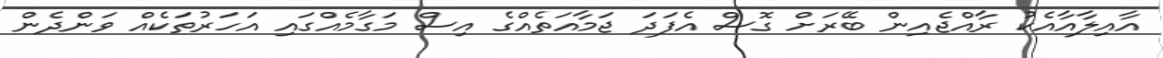
އާއިލާއާއެކު ރާއްޖެއިން ބޭރަށް ގޮސް އެފަދަ ޖަމާއަތެއްގެ އިސް މަގާމެއްގައި އަހަރުތަކެއް ވަންދެން